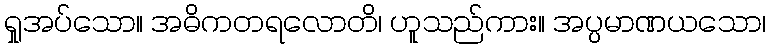
ရှုအပ်သော။ အဓိကတရလောတိ၊ ဟူသည်ကား။ အပ္ပမာဏယသော၊